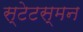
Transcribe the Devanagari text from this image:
स्टेटस्मन